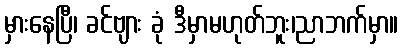
မှားနေပြီ၊ ခင်ဗျား ခုံ ဒီမှာမဟုတ်ဘူး၊ညာဘက်မှာ။